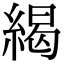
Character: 䋵